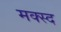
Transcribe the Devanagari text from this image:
मक्स्द